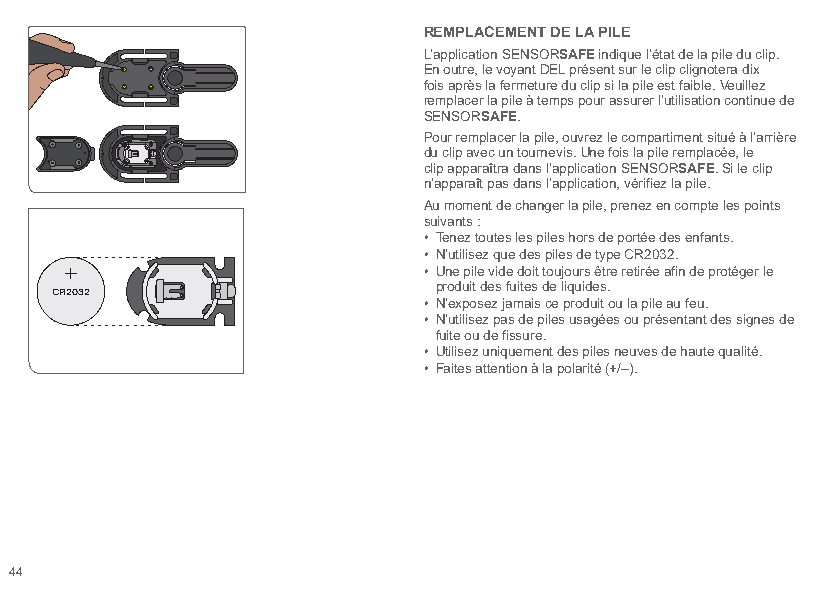
REMPLACEMENT DE LA PILE
 L’application SENSORSAFE indique l’état de la pile du clip.
 En outre, le voyant DEL présent sur le clip clignotera dix
 fois après la fermeture du clip si la pile est faible. Veuillez
 remplacer la pile à temps pour assurer l’utilisation continue de
 SENSORSAFE.
 Pour remplacer la pile, ouvrez le compartiment situé à l’arrière
 du clip avec un tournevis. Une fois la pile remplacée, le
 clip apparaîtra dans l’application SENSORSAFE. Si le clip
 n’apparaît pas dans l’application, vérifiez la pile.
 Au moment de changer la pile, prenez en compte les points
 suivants :
 • Tenez toutes les piles hors de portée des enfants.
 • N’utilisez que des piles de type CR2032.
 • Une pile vide doit toujours être retirée afin de protéger le
 CR2032                    produit des fuites de liquides.
 • N’exposez jamais ce produit ou la pile au feu.
 • N’utilisez pas de piles usagées ou présentant des signes de
 fuite ou de fissure.
 • Utilisez uniquement des piles neuves de haute qualité.
 • Faites attention à la polarité (+/–).
 44